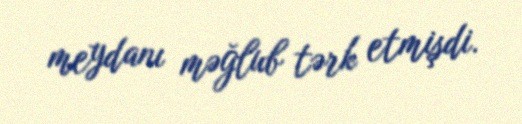
meydanı məğlub tərk etmişdi.